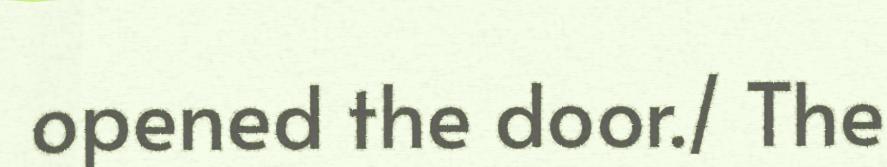
opened the door./ The